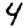
Digit: 4